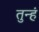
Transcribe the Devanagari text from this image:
तुन्हं